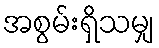
အစွမ်းရှိသမျှ